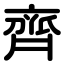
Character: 齊